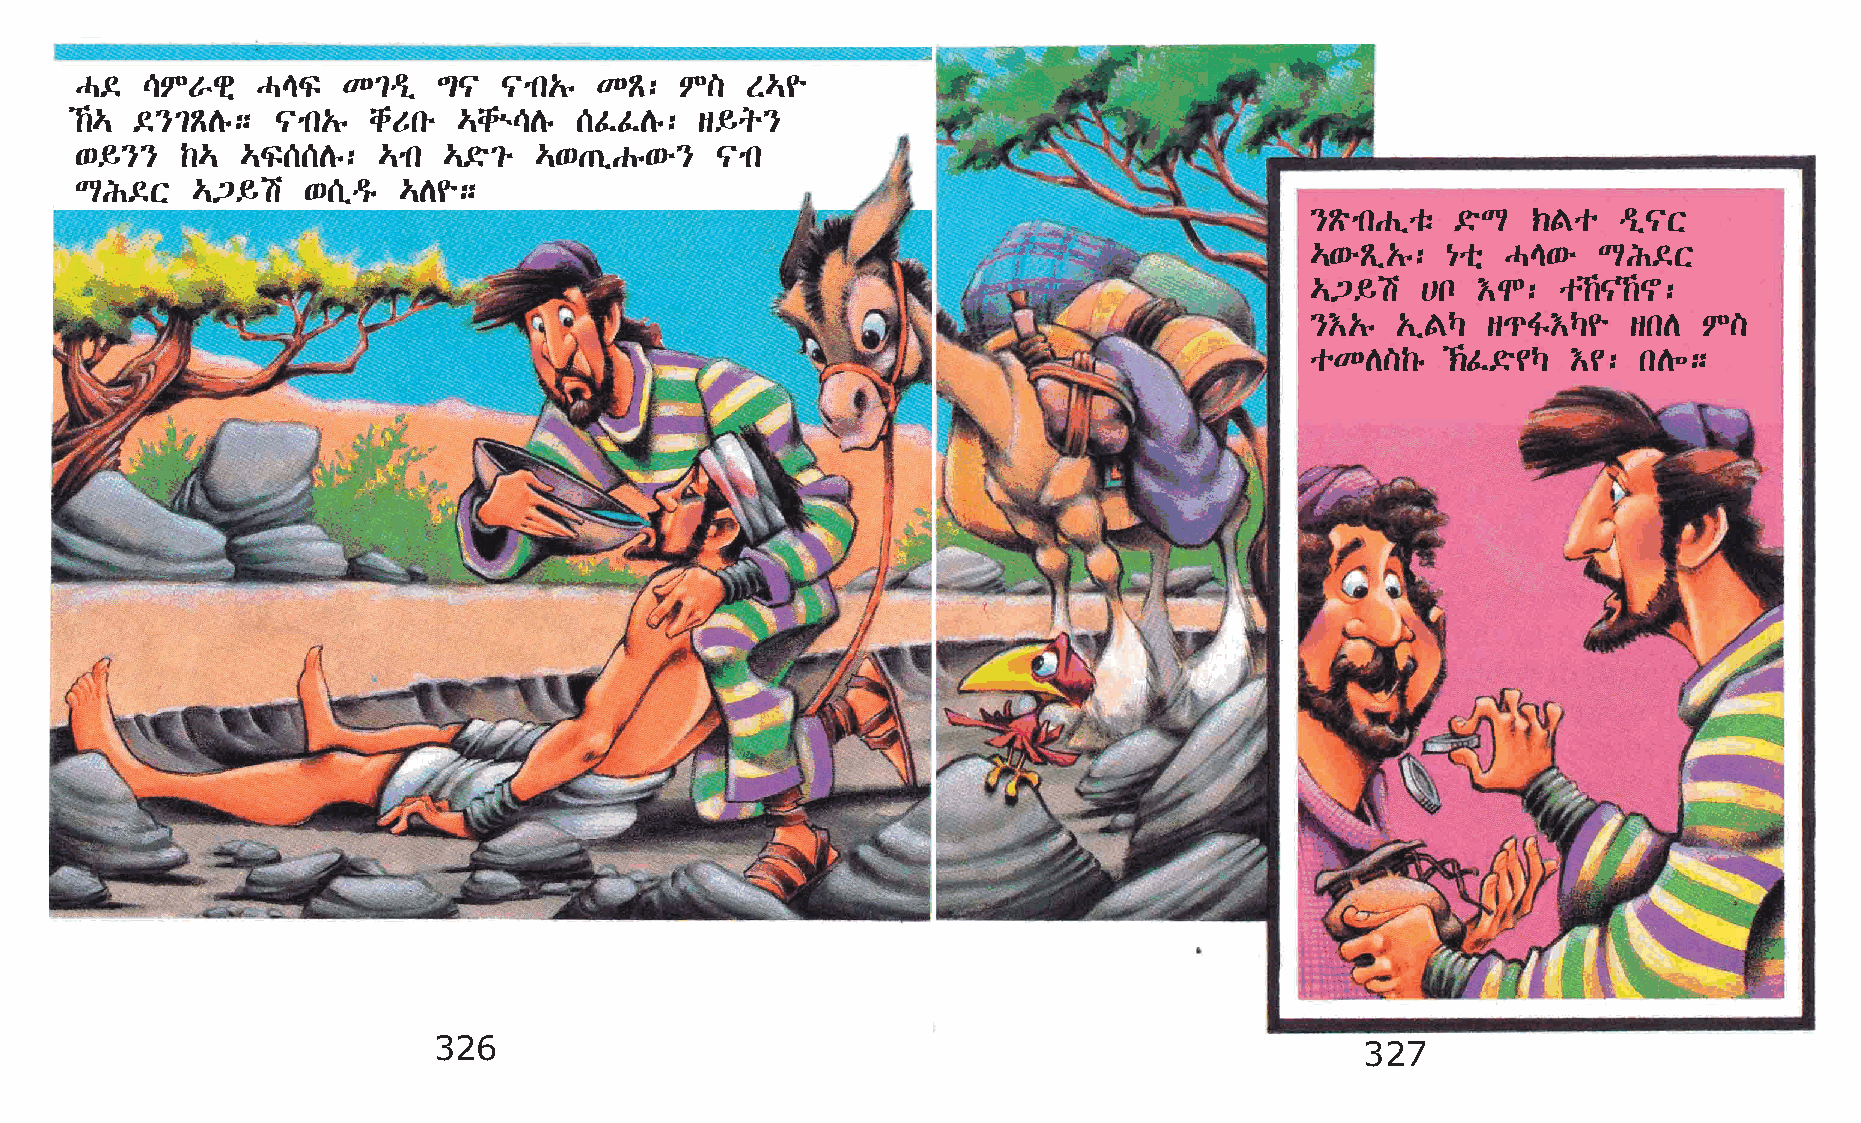
H©  \MVgñ   HEÏ   K²ªï  ´|  |mk„ê KÃ:   M]  S…¨
 ‰… ©}²ÃDê;  |mk„ê chUké …chù\Dê [ÊÊDê:  s§q}
 ‘§}}   ‰…  …Ï[[Dê:  …mk …©ö²é …‘·ïGê‘é}   |mk
 LI©X    …³§a   ‘[ïªê …D¨;
 }ÃömkGïoë ©öL ‹Fo   ªï|X
 …‘éÃï„ê: {oñ HE‘é  LI©X
 …³§a   @n  †N:  o‰|‰~:
 }†„ê „ïFŠ  s¹Í†Š¨    skD  M]
 oKD]‰ê   ‹Ê©ö¢Š †¢: kD÷;
 326                                                          327